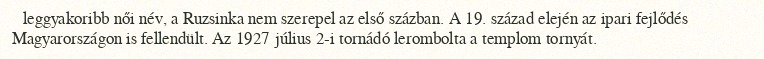
leggyakoribb női név, a Ruzsinka nem szerepel az első százban. A 19. század elején az ipari fejlődés Magyarországon is fellendült. Az 1927 július 2-i tornádó lerombolta a templom tornyát.